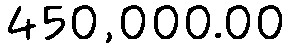
450,000.00